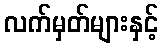
လက်မှတ်များနှင့်